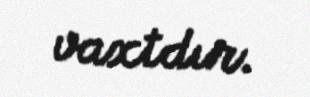
vaxtdır.